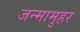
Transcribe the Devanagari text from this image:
जन्मामुहर